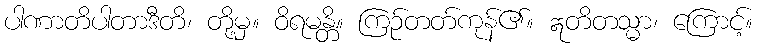
ပါဏာတိပါတာဒီတိ၊ တို့မှ။ ဝိရမန္တိ။ ကြဉ်တတ်ကုန်၏။ ဣတိတသ္မာ၊ ကြောင့်။